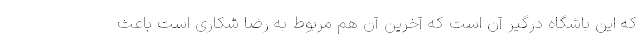
که این باشگاه درگیر آن است که آخرین آن هم مربوط به رضا شکاری است باعث